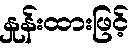
နှုန်းထားဖြင့်